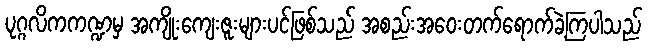
ပုဂ္ဂလိကကဏ္ဍမှ အကျိုးကျေးဇူးများပင်ဖြစ်သည် အစည်းအဝေးတက်ရောက်ခဲ့ကြပါသည်